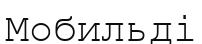
Мобильді